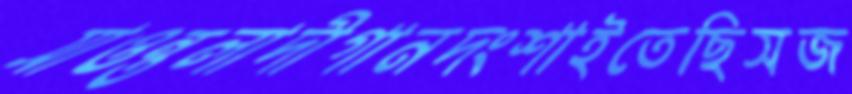
সাওন্তলাদীগানদংশাইতেছিসজ